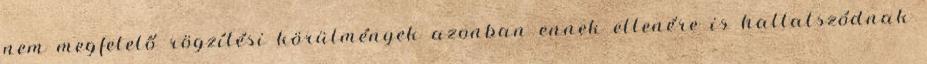
nem megfelelő rögzítési körülmények azonban ennek ellenére is hallatszódnak